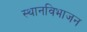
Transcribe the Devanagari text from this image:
स्थानविभाजन